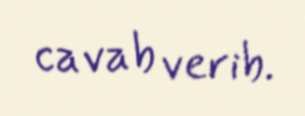
cavab verib.